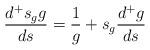
LaTeX: \begin{align*}\frac{d^+ s_g g}{ds}=\frac{1}{g} + s_g\frac{d^+g}{ds}\end{align*}